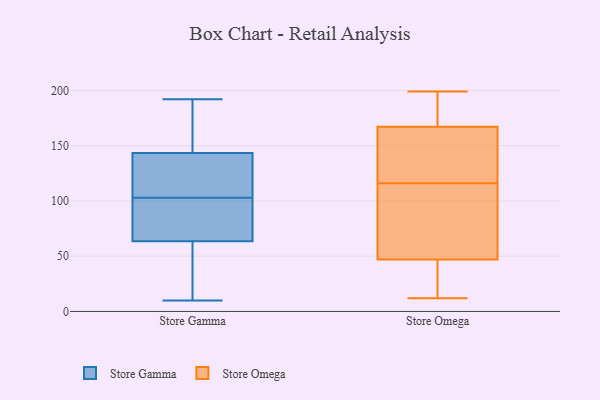
{"axis": {"x": "Satisfaction Score", "y": "Value"}, "legend": ["Store Gamma", "Store Omega"], "data": [{"x": "", "y": 10, "type": "Store Gamma"}, {"x": "", "y": 77, "type": "Store Gamma"}, {"x": "", "y": 124, "type": "Store Gamma"}, {"x": "", "y": 48, "type": "Store Gamma"}, {"x": "", "y": 55, "type": "Store Gamma"}, {"x": "", "y": 192, "type": "Store Gamma"}, {"x": "", "y": 168, "type": "Store Gamma"}, {"x": "", "y": 85, "type": "Store Gamma"}, {"x": "", "y": 113, "type": "Store Gamma"}, {"x": "", "y": 55, "type": "Store Gamma"}, {"x": "", "y": 140, "type": "Store Gamma"}, {"x": "", "y": 64, "type": "Store Gamma"}, {"x": "", "y": 63, "type": "Store Gamma"}, {"x": "", "y": 177, "type": "Store Gamma"}, {"x": "", "y": 92, "type": "Store Gamma"}, {"x": "", "y": 144, "type": "Store Gamma"}, {"x": "", "y": 148, "type": "Store Gamma"}, {"x": "", "y": 143, "type": "Store Gamma"}, {"x": "", "y": 142, "type": "Store Gamma"}, {"x": "", "y": 93, "type": "Store Gamma"}, {"x": "", "y": 12, "type": "Store Omega"}, {"x": "", "y": 199, "type": "Store Omega"}, {"x": "", "y": 144, "type": "Store Omega"}, {"x": "", "y": 41, "type": "Store Omega"}, {"x": "", "y": 175, "type": "Store Omega"}, {"x": "", "y": 185, "type": "Store Omega"}, {"x": "", "y": 176, "type": "Store Omega"}, {"x": "", "y": 37, "type": "Store Omega"}, {"x": "", "y": 65, "type": "Store Omega"}, {"x": "", "y": 116, "type": "Store Omega"}, {"x": "", "y": 135, "type": "Store Omega"}, {"x": "", "y": 123, "type": "Store Omega"}, {"x": "", "y": 93, "type": "Store Omega"}, {"x": "", "y": 18, "type": "Store Omega"}, {"x": "", "y": 80, "type": "Store Omega"}, {"x": "", "y": 141, "type": "Store Omega"}, {"x": "", "y": 102, "type": "Store Omega"}, {"x": "", "y": 197, "type": "Store Omega"}, {"x": "", "y": 29, "type": "Store Omega"}]}